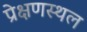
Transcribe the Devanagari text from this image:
प्रेक्षणस्थल